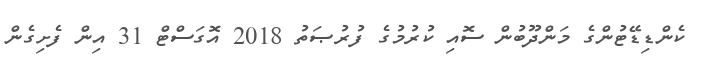
ކެންޑިޑޭޓުންގެ މަންދޫބުން ސޮއި ކުރުމުގެ ފުރުޞަތު 2018 އޮގަސްޓް 31 އިން ފެށިގެން